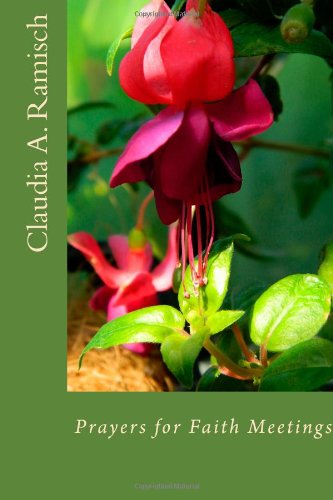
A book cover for Prayers for Faith Meetings: Opening and Closing Thoughts for Interfaith Meetings; Dr. Claudia A Ramisch; Religion & Spirituality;